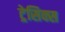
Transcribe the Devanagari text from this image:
ट्रेसिक्स